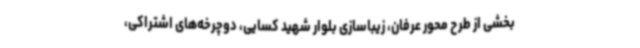
بخشی از طرح محور عرفان، زیباسازی بلوار شهید کسایی، دوچرخه‌های اشتراکی،